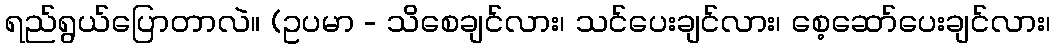
ရည်ရွယ်ပြောတာလဲ။ (ဥပမာ - သိစေချင်လား၊ သင်ပေးချင်လား၊ စေ့ဆော်ပေးချင်လား၊